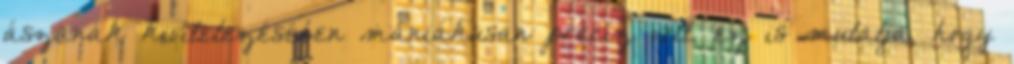
ászanák kivitelezésében mániákusan precíz volt, ez is mutatja, hogy